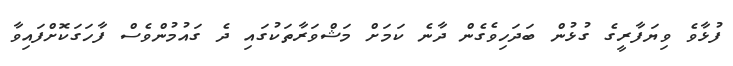
ފުޅާވެ ވިޔަފާރީގެ ގުޅުން ބަދަހިވެގެން ދާނެ ކަމަށް މަޝްވަރާތަކުގައި ދެ ގައުމުންވެސް ފާހަގަކޮށްފައިވާ